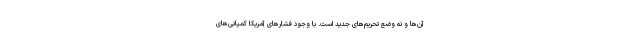
آن‌ها و نه وضع تحریم‌های جدید است. با وجود فشار‌های آمریکا کمپانی‌های